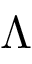
\Lambda